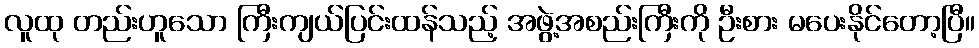
လူထု တည်းဟူသော ကြီးကျယ်ပြင်းထန်သည့် အဖွဲ့အစည်းကြီးကို ဦးစား မပေးနိုင်တော့ပြီ။